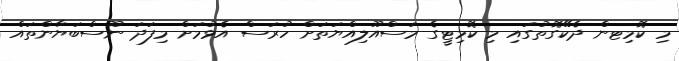
މި ކޮމިޓން ދެކޭގޮތުގައި މި ކޮމިޓީގެ މަސްއޫލިއްޔަތަށް ހުރަސް އެޅުމަށް މިފަދަ ނޫސްބަޔާންތައް